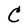
Character: C